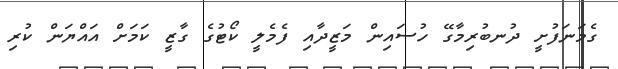
ގެމަނަފުށީ ދުނބުރިމާގޭ ހުސައިން މަޒީދާއި ފެމެލީ ކޯޓުގެ ގާޒީ ކަމަށް އައްޔަން ކުރި